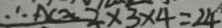
\therefore A C \approx 2 \times 3 \times 4 = 2 4